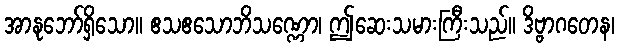
အာနုဘော်ရှိသော။ ဧသဧသောဘိသဏ္ဏော၊ ဤဆေးသမားကြီးသည်။ ဒိဗ္ဗာဂတေန၊